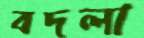
বদলা